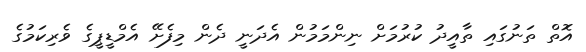
އޮތް ތަނުގައި ތާއީދު ކުރުމަށް ނިންމަމުން އެދަނީ ދެން މިފެށޭ އެމްޑީޕީގެ ވެރިކަމުގެ